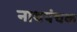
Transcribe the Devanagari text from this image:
नाथपंचक